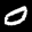
Label: 0